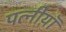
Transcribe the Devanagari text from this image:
पत्नीय़ॉ